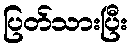
ပြတ်သားပြီး